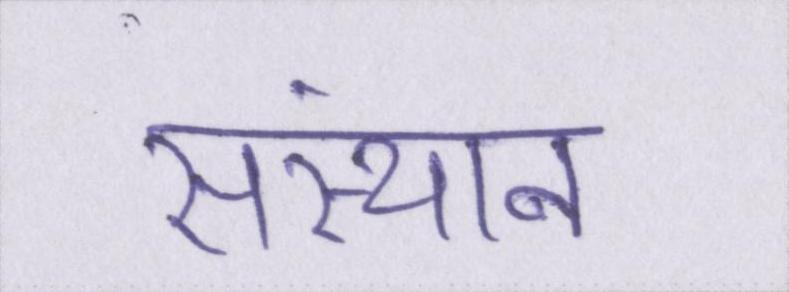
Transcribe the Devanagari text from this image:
संस्थान